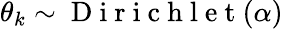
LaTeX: \theta_{k}\sim\mathrm{~D~i~r~i~c~h~l~e~t~}(\alpha)